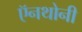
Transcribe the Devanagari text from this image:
ऍनथोनी